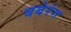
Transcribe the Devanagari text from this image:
बबेरंग